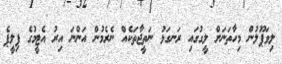
ލިވަޕޫލުން މިހާތަނަށް ލީގުގައި ރަނގަޅު ނަތީޖާތަކެއް ނެރެމުން އަންނަ އިރު އެޓީމުގެ ފިލީޕެ